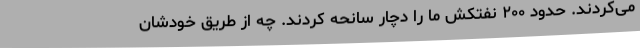
می‌کردند. حدود ۲۰۰ نفتکش ما را دچار سانحه کردند. چه از طریق خودشان